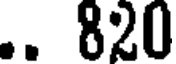
.. 820